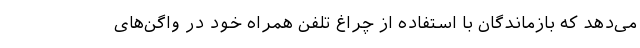
می‌دهد که بازماندگان با استفاده از چراغ تلفن همراه خود در واگن‌های